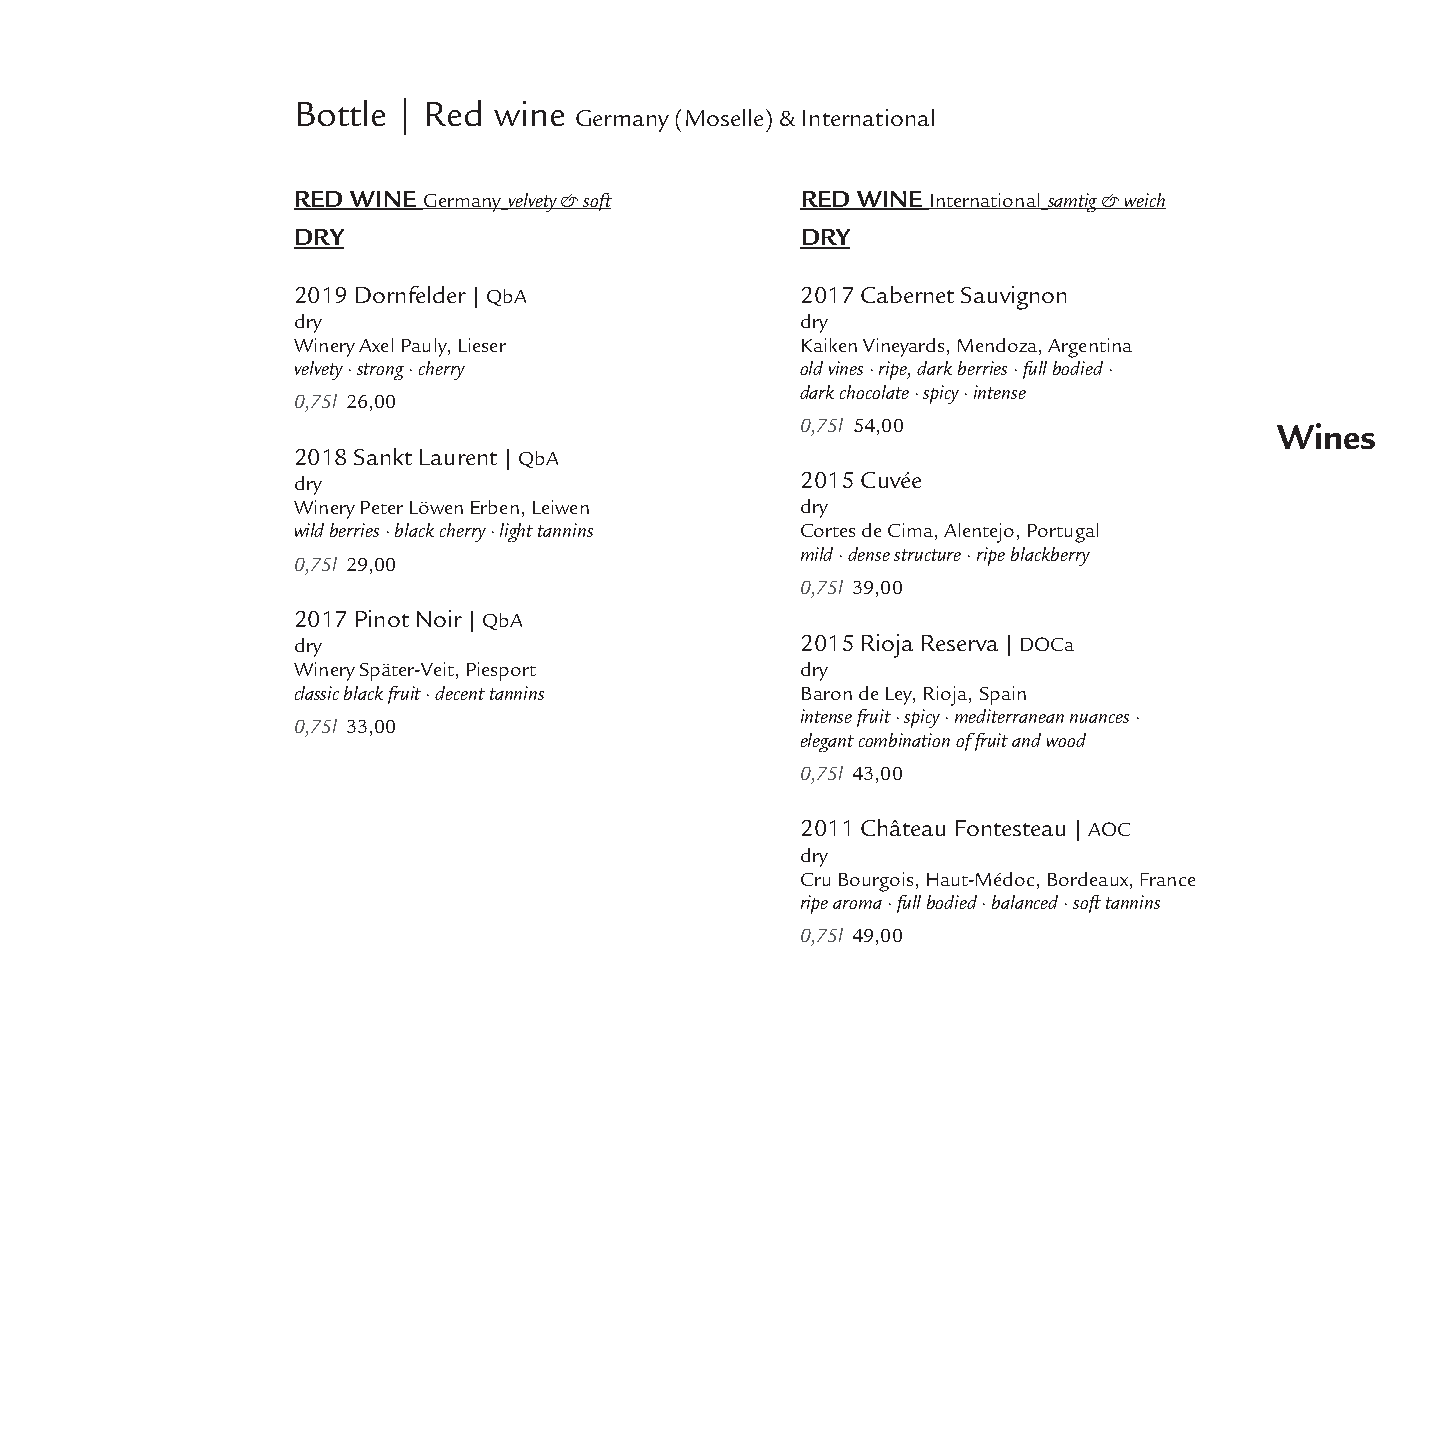
Bottle | Red  wine
 Germany (Moselle) & International
 RED WINE Germany velvety & soft   RED WINE International samtig & weich
 DRY                               DRY
 2019 Dornfelder| QbA              2017 Cabernet Sauvignon
 dry                               dry
 Winery Axel Pauly, Lieser         Kaiken Vineyards, Mendoza, Argentina
 velvety · strong · cherry         old vines · ripe, dark berries · full bodied ·
 dark chocolate · spicy · intense
 0,75l 26,00
 0,75l 54,00                     Wines
 2018 Sankt Laurent| QbA
 dry                               2015 Cuvée
 Winery Peter Löwen Erben, Leiwen  dry
 wild berries · black cherry · light tannins Cortes de Cima, Alentejo, Portugal
 mild · dense structure · ripe blackberry
 0,75l 29,00
 0,75l 39,00
 2017 Pinot Noir| QbA
 dry                               2015 Rioja Reserva| DOCa
 Winery Später-Veit, Piesport      dry
 classic black fruit · decent tannins Baron de Ley, Rioja, Spain
 intense fruit · spicy · mediterranean nuances ·
 0,75l 33,00
 elegant combination of fruit and wood
 0,75l 43,00
 2011 Château Fontesteau| AOC
 dry
 Cru Bourgois, Haut-Médoc, Bordeaux, France
 ripe aroma · full bodied · balanced · soft tannins
 0,75l 49,00